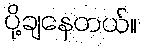
ပို့ချနေတယ်။